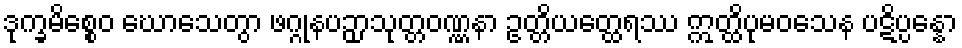
ဒုက္ခမိစ္စေဝ ဃောသေတွာ ဖဂ္ဂုနပဉှာသုတ္တဝဏ္ဏနာ ဥတ္တိယတ္ထေရဿ ဣတ္ထိပုမဝသေန ပဋိပ္ပန္နော